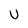
Character: U